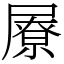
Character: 㞠